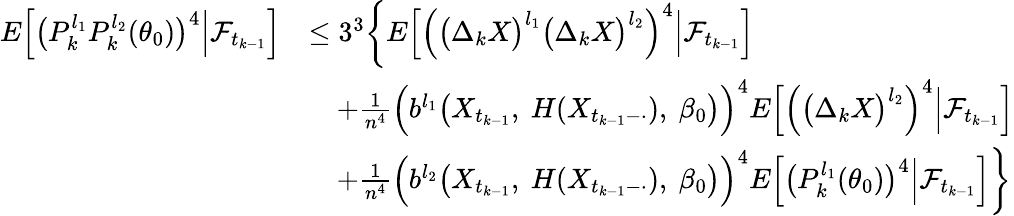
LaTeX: \begin{array}{rl}{E\Big[\big(P_{k}^{l_{1}}P_{k}^{l_{2}}(\theta_{0})\big)^{4}\Big|\mathcal{F}_{t_{k-1}}\Big]}&{\leq 3^{3}\bigg\{ E\Big[\Big(\big(\Delta_{k}X\big)^{l_{1}}\big(\Delta_{k}X\big)^{l_{2}}\Big)^{4}\Big|\mathcal{F}_{t_{k-1}}\Big]}\\ &{\quad+\frac{1}{n^{4}}\Big(b^{l_{1}}\big(X_{t_{k-1}},~H(X_{t_{k-1}-\cdot}),~\beta_{0}\big)\Big)^{4}E\Big[\Big(\big(\Delta_{k}X\big)^{l_{2}}\Big)^{4}\Big|\mathcal{F}_{t_{k-1}}\Big]}\\ &{\quad+\frac{1}{n^{4}}\Big(b^{l_{2}}\big(X_{t_{k-1}},~H(X_{t_{k-1}-\cdot}),~\beta_{0}\big)\Big)^{4}E\Big[\big(P_{k}^{l_{1}}(\theta_{0})\big)^{4}\Big|\mathcal{F}_{t_{k-1}}\Big]\bigg\} }\end{array}